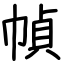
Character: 幀